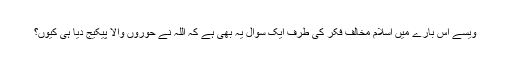
ویسے اس بارے میں اسلام مخالف فکر کی طرف ایک سوال یہ بھی ہے کہ اللہ نے حوروں والا پیکیج دیا ہی کیوں؟